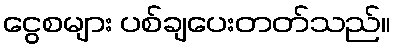
ငွေစများ ပစ်ချပေးတတ်သည်။